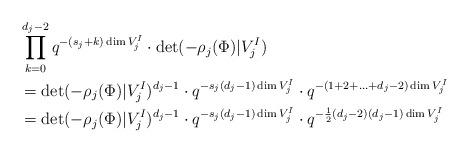
LaTeX: \begin{align*}& \prod_{k = 0}^{d_j -2}q^{- (s_j +k) \dim V_j^I} \cdot \det( - \rho_j(\Phi)|V_j^I) \\& = \det( - \rho_j(\Phi) | V_j^I )^{d_j - 1} \cdot q^{-s_j (d_j-1)\dim V_j^I }\cdot q^{ - (1 + 2 + \ldots + d_j-2) \dim V_j^I}\\& = \det( - \rho_j(\Phi) | V_j^I )^{d_j-1} \cdot q^{-s_j (d_j-1)\dim V_j^I }\cdot q^{ - \frac{1}{2}(d_j-2)(d_j-1)\dim V_j^I}\end{align*}